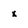
Character: x